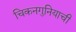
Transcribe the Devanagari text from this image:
चिकनगुनियाची